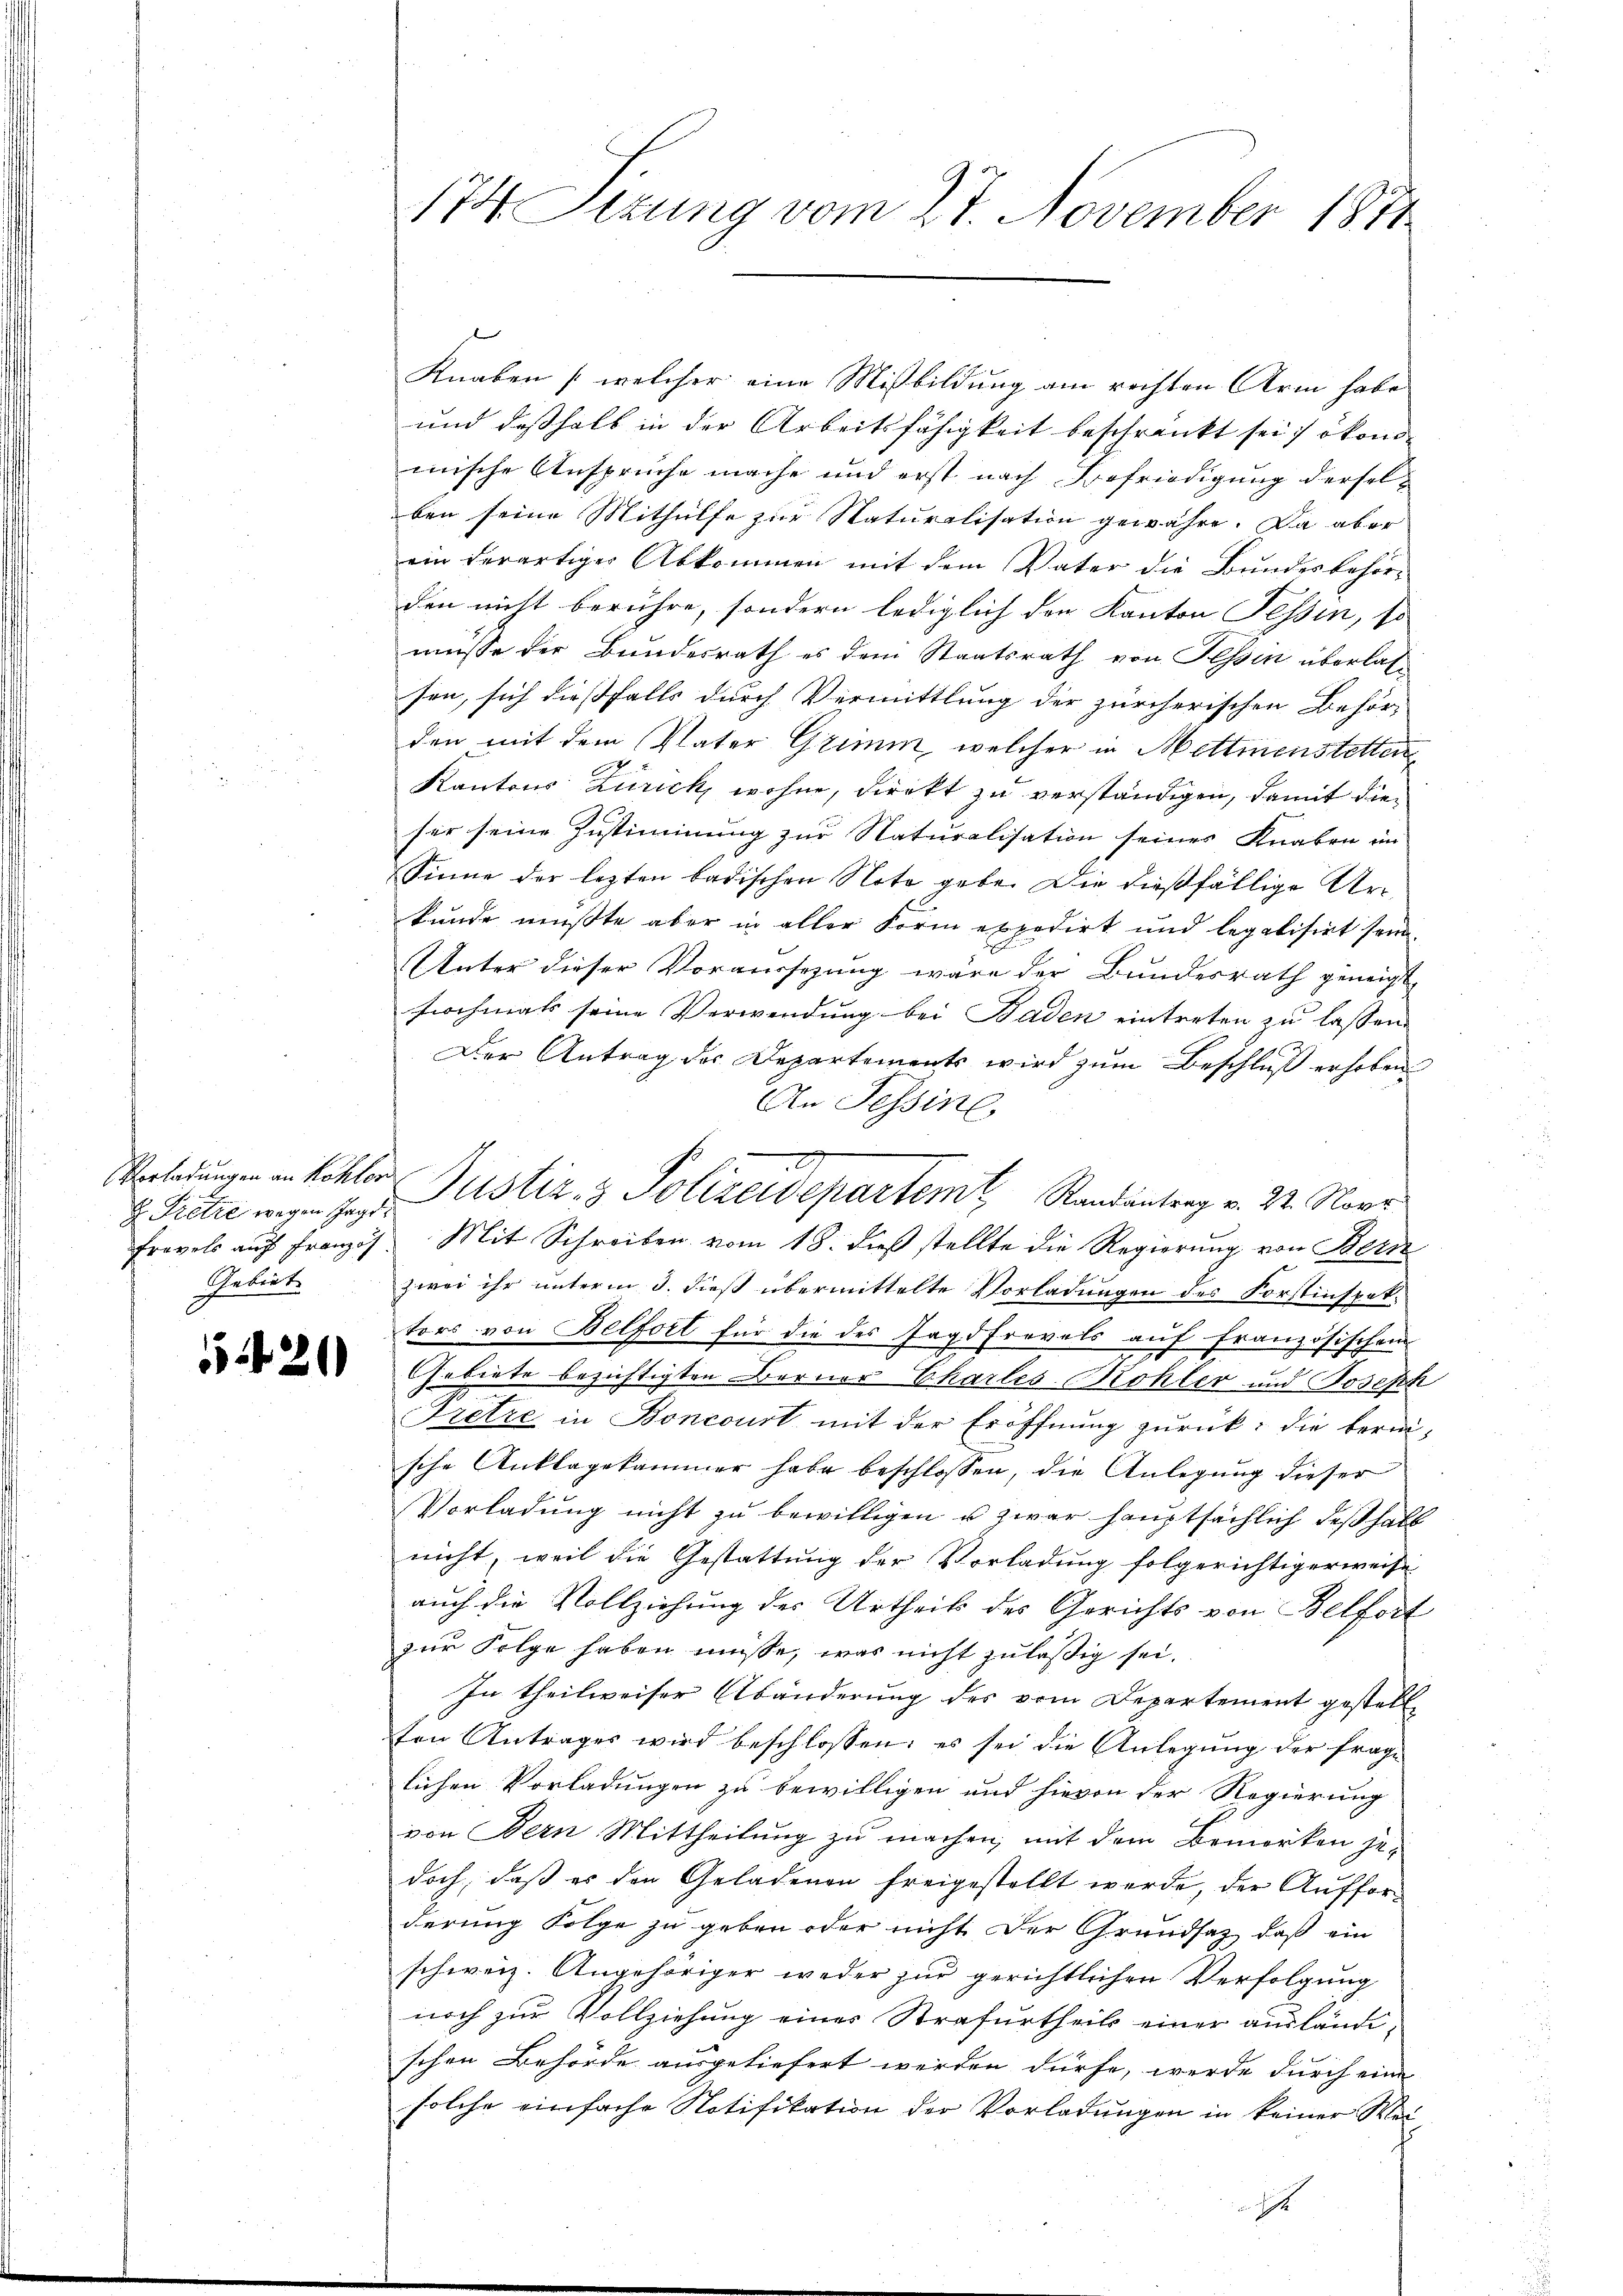
H. Pretze wegen Jagd
Gebiet

1420)

174 Sizung vom 27. November 1874

Knaben (welcher eine Mißbildung am rechten Arm habe
und desshalb in der Arbeitsfähigkeit beschränkt sei; ökonomische Anspruche mache und erst nach Befriedigung derselben seine Mithülfe zur Naturalisation gewähre. Da aber
ein derartiger Abkommen mit dem Vater die Bundesbehör-
den nicht berühre, sondern lediglich den Kanton Tessin, so
müsse der Bundesrath es dem Staatsrath von Tessin überlassen, sich dießfalls durch Vermittlung der zürcherischen Behör-
den mit dem Vater Grimm, welcher in Mettmenstetten
Kantons Zürich, wohne, direkt zu verständigen, damit diefer seine Zustimmung zur Naturalisation seines Knaben im
Sinne der lezten badischen Noto gebe. Die dießfällige Arkunde mußte aber in aller Form expedirt und legalisirt sein.
Unter dieser Voraussezung wäre der Bundesrath geneigt
hochmals seine Verwendung bei Baden eintreten zu lassen.
Der Antrag des Departements wird zum Beschluß erhoben
An Tessine
frevels aŭf Französ. Mit Schreiben vom 18. dieß stellte die Regierung von Bern
zwei ihr unterm 3. dieß übermittelte Vorladungen des Forstinspektors von Belfort für die des Jagdfrevels auf französischen
Gebiete bezichtigten Berner Charles-Bohler und Joseph
Fretze in Boncourt mit der Eröffnung zurück: die bereische Anklagekammer habe beschlossen, die Anlegung dieser
Vorladung nicht zu bewilligen u zwar hauptsächlich deßhalb
nicht, weil die Gestattung der Vorladung folgerichtigerweise
auch die Vollziehung der Urtheil des Gerichts von Belfort
zur Folge haben müsse, was nicht zuläßig sei.
In theilweiser Abänderung des vom Departement gestellten Antrages wird beschlossen: es sei die Anlegung der frage
lichen Vorladungen zu bewilligen und hievon der Regierung
von Bern Mittheilung zu machen, mit dem Bemerken je-
doch, daß es den Geladenen freigestellt werde, der Aufforderung Folge zu geben oder nicht der Grundsaz, daß ein
schweiz. Angehöriger weder zur gerichtlichen Verfolgung
noch zur Vollziehung einer Strafurtheils einer ausländischen Behörde ausgeliefert werden dürfe, werde durch eine
solche einfache Notifikation der Vorladungen in keiner Wei-
f

Vorladungen in Kohler Justiz & Polizeidepartem Randantrag v. 22. Nove